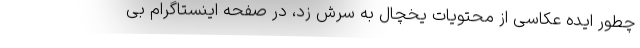
چطور ایده عکاسی از محتویات یخچال به سرش زد، در صفحه اینستاگرام بی